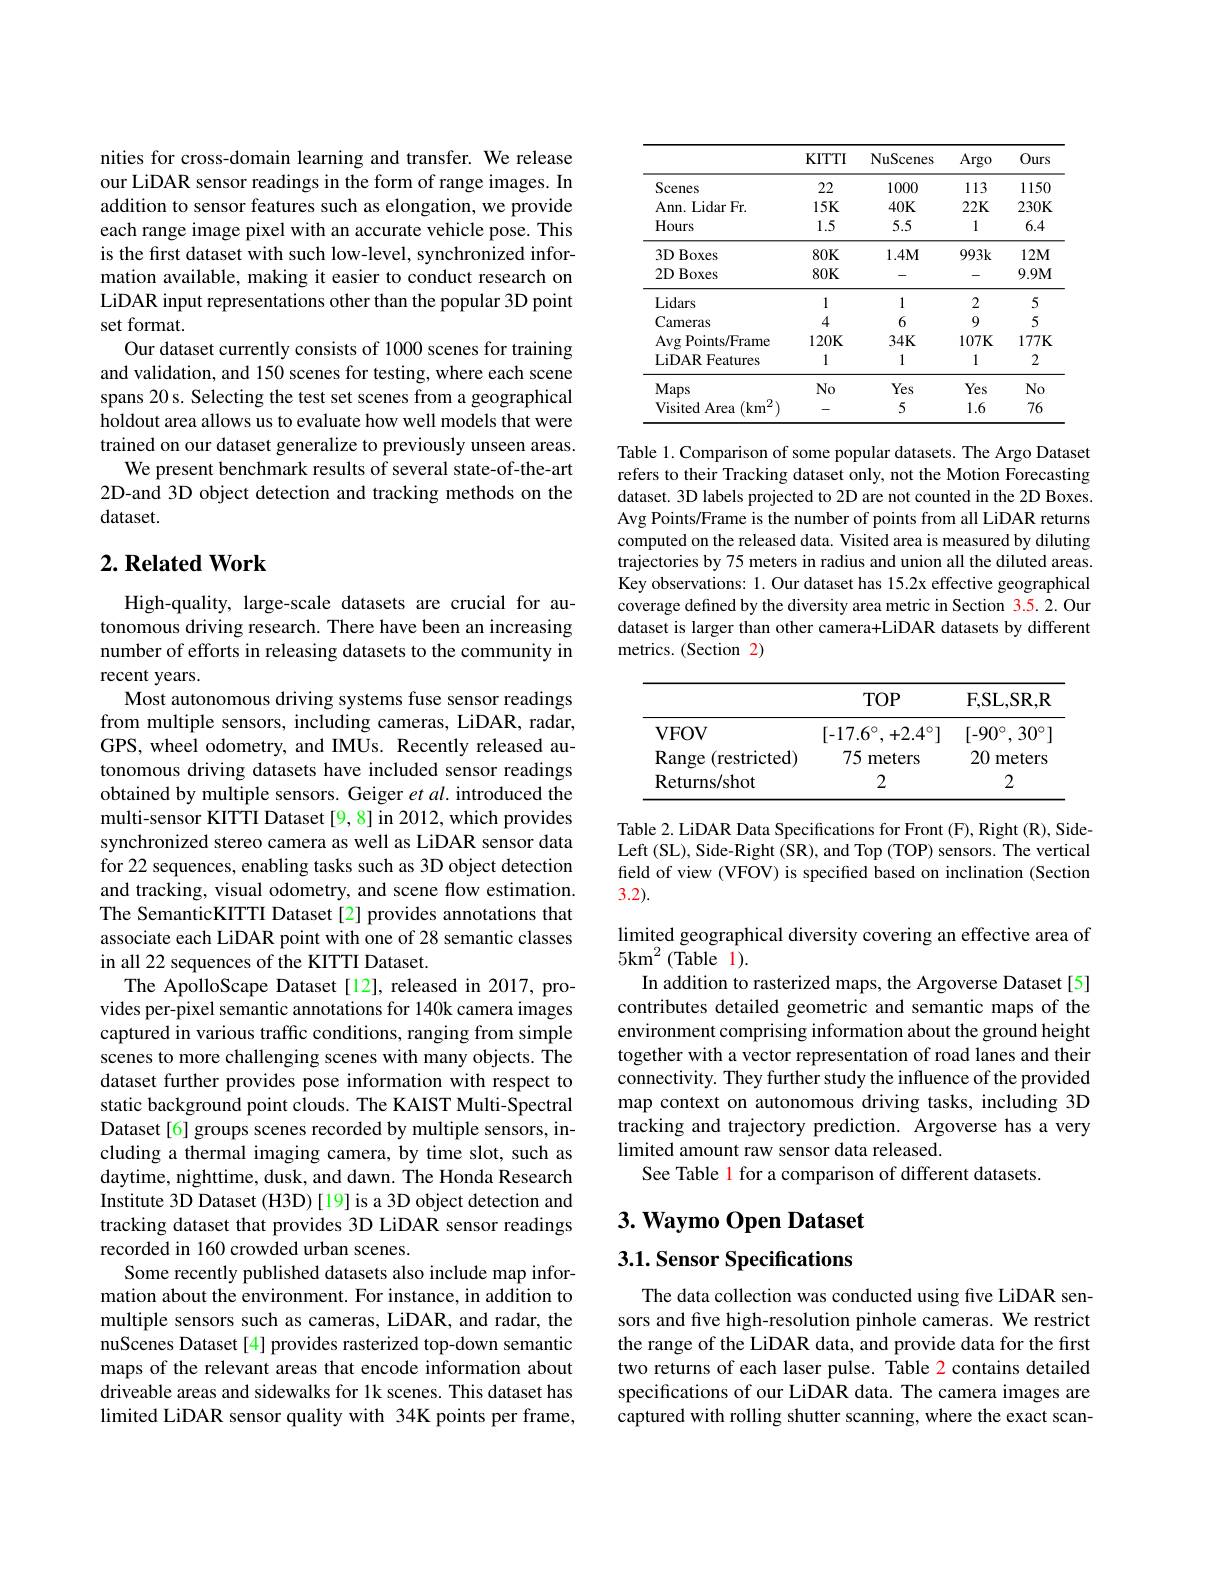
nities for cross-domain learning and transfer. We release our LiDAR sensor readings in the form of range images. In addition to sensor features such as elongation, we provide each range image pixel with an accurate vehicle pose. This is the first dataset with such low-level, synchronized information available, making it easier to conduct research on LiDAR input representations other than the popular 3D point set format.
Our dataset currently consists of 1000 scenes for training and validation, and 150 scenes for testing, where each scene spans 20 s. Selecting the test set scenes from a geographical holdout area allows us to evaluate how well models that were trained on our dataset generalize to previously unseen areas.
We present benchmark results of several state-of-the-art 2D-and 3D object detection and tracking methods on the dataset.

## $2. \textbf{ Related Work}$

High-quality, large-scale datasets are crucial for autonomous driving research. There have been an increasing number of efforts in releasing datasets to the community in recent years.
Most autonomous driving systems fuse sensor readings from multiple sensors, including cameras, LiDAR, radar, GPS, wheel odometry, and IMUs. Recently released autonomous driving datasets have included sensor readings obtained by multiple sensors. Geiger et al. introduced the multi-sensor KITTI Dataset [9,8] in 2012, which provides synchronized stereo camera as well as LiDAR sensor data for 22 sequences, enabling tasks such as 3D object detection and tracking, visual odometry, and scene flow estimation. The SemanticKITTI Dataset[2] provides annotations that associate each LiDAR point with one of 28 semantic classes in all 22 sequences of the KITTI Dataset.
The ApolloScape Dataset[12], released in 2017, provides per-pixel semantic annotations for 140k camera images captured in various traffic conditions, ranging from simple scenes to more challenging scenes with many objects. The dataset further provides pose information with respect to static background point clouds. The KAIST Multi-Spectral Dataset[6] groups scenes recorded by multiple sensors, including a thermal imaging camera, by time slot, such as daytime, nighttime, dusk, and dawn. The Honda Research Institute 3D Dataset (H3D) [19] is a 3D object detection and tracking dataset that provides 3D LiDAR sensor readings recorded in 160 crowded urban scenes.
Some recently published datasets also include map information about the environment. For instance, in addition to multiple sensors such as cameras, LiDAR, and radar, the nuScenes Dataset[4] provides rasterized top-down semantic maps of the relevant areas that encode information about driveable areas and sidewalks for 1k scenes. This dataset has limited LiDAR sensor quality with 34K points per frame,

<table>
	<tbody>
		<tr>
			<th> </th>
			<th>$KITTI$</th>
			<th>NuScenes</th>
			<th>Argo</th>
			<th>Ours</th>
		</tr>
		<tr>
			<td>Scenes</td>
			<td>22</td>
			<td>1000</td>
			<td>113</td>
			<td>1150</td>
		</tr>
		<tr>
			<td>Ann. Lidar Fr.</td>
			<td>$15K$</td>
			<td>$40K$</td>
			<td>$22K$</td>
			<td>$230K$</td>
		</tr>
		<tr>
			<td>Hours</td>
			<td>1.5</td>
			<td>5.5</td>
			<td>1</td>
			<td>6.4</td>
		</tr>
		<tr>
			<td>$3D$ $\mathbf{Boxes}$</td>
			<td>$80K$</td>
			<td>$1.4M$</td>
			<td>$993k$</td>
			<td>$12M$</td>
		</tr>
		<tr>
			<td>$2DBoxes$</td>
			<td>$80K$</td>
			<td>-</td>
			<td>-</td>
			<td>$9.9M$</td>
		</tr>
		<tr>
			<td>Lidars</td>
			<td>1</td>
			<td>1</td>
			<td>2</td>
			<td>5</td>
		</tr>
		<tr>
			<td>Cameras</td>
			<td>4</td>
			<td>6</td>
			<td>9</td>
			<td>5</td>
		</tr>
		<tr>
			<td>$\operatorname{Avg}$Points/Frame</td>
			<td>$120K$</td>
			<td>$34K$</td>
			<td>$107K$</td>
			<td>$177K$</td>
		</tr>
		<tr>
			<td>LiDAR Features</td>
			<td>1</td>
			<td>1</td>
			<td>1</td>
			<td>2</td>
		</tr>
		<tr>
			<td>Maps</td>
			<td>No</td>
			<td>Yes</td>
			<td>Yes</td>
			<td>$No$</td>
		</tr>
		<tr>
			<td>Visited Area (km</td>
			<td> </td>
			<td>5</td>
			<td>1.6</td>
			<td>76</td>
		</tr>
	</tbody>
</table>

Table 1. Comparison of some popular datasets. The Argo Dataset refers to their Tracking dataset only, not the Motion Forecasting dataset. 3D labels projected to 2D are not counted in the 2D Boxes. Avg Points/Frame is the number of points from all LiDAR returns computed on the released data. Visited area is measured by diluting trajectories by 75 meters in radius and union all the diluted areas. Key observations: 1. Our dataset has 15.2x effective geographical coverage defined by the diversity area metric in Section 3.5.2.Our dataset is larger than other camera+LiDAR datasets by different metrics. (Section 2)

<table>
	<tbody>
		<tr>
			<th> </th>
			<th>$TOP$</th>
			<th>F, SL, SR, R</th>
		</tr>
		<tr>
			<td>$VFOV$</td>
			<td>$[-17.6^{\circ},+2.4^{\circ}]$</td>
			<td>$[-90^{\circ},30^{\circ}]$</td>
		</tr>
		<tr>
			<td>Range (restricted)</td>
			<td>75 meters</td>
			<td>20 meters</td>
		</tr>
		<tr>
			<td>Returns/ shot</td>
			<td>2</td>
			<td>2</td>
		</tr>
	</tbody>
</table>

Table 2. LiDAR Data Specifications for Front (F), Right (R), SideLeft (SL), Side-Right (SR), and Top (TOP) sensors. The vertical field of view (VFOV) is specified based on inclination (Section 3.2).

limited geographical diversity covering an effective area of
$5\mathrm{km}^{2}$ (Table l).
In addition to rasterized maps, the Argoverse Dataset[5]

contributes detailed geometric and semantic maps of the environment comprising information about the ground height together with a vector representation of road lanes and their connectivity. They further study the influence of the provided map context on autonomous driving tasks, including 3D tracking and trajectory prediction. Argoverse has a very limited amount raw sensor data released.
See Table l for a comparison of different datasets.

## $3. \textbf{ Waymo Open Dataset}$ $3. 1. \textbf{Sensor Specifications}$

The data collection was conducted using five LiDAR sensors and five high-resolution pinhole cameras. We restrict the range of the LiDAR data, and provide data for the first two returns of each laser pulse. Table 2 contains detailed specifications of our LiDAR data. The camera images are captured with rolling shutter scanning, where the exact scan-